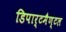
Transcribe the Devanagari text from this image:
डिपार्टमैण्टल